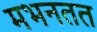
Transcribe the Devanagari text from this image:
मभनतत